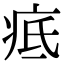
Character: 疷